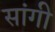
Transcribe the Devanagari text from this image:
सांगी